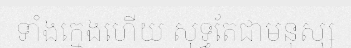
ទាំងក្មេងហើយ សុទ្ធតែជាមនុស្ស